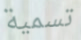
تسمية